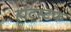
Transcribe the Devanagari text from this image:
हॉटस्टफ